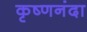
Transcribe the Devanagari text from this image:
कृष्णनंदा